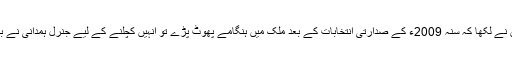
سماجی کارکنوں نے لکھا کہ سنہ 2009ء کے صدارتی انتخابات کے بعد ملک میں ہنگامے پھوٹ پڑے تو انہیں کچلنے کے لیے جنرل ہمدانی نے بھی حصہ لیا تھا۔